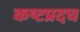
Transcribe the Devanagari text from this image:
कष्टप्रदच